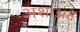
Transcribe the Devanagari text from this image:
अशाअते